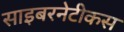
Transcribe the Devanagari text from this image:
साइबरनेटीकस